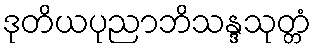
ဒုတိယပုညာဘိသန္ဒသုတ္တံ